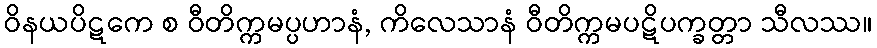
ဝိနယပိဋကေ စ ဝီတိက္ကမပ္ပဟာနံ, ကိလေသာနံ ဝီတိက္ကမပဋိပက္ခတ္တာ သီလဿ။